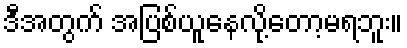
ဒီအတွက် အပြစ်ယူနေလို့တော့မရဘူး။